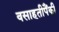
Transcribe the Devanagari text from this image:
वसाहतीपैंकी